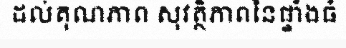
ដល់គុណភាព សុវត្ថិភាពនៃផ្ទាំងធំ